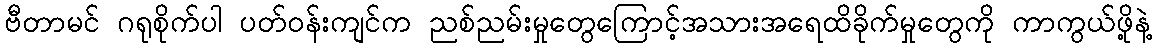
ဗီတာမင် ဂရုစိုက်ပါ ပတ်ဝန်းကျင်က ညစ်ညမ်းမှုတွေကြောင့်အသားအရေထိခိုက်မှုတွေကို ကာကွယ်ဖို့နဲ့